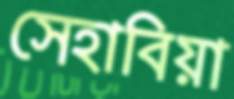
সেহাবিয়া